Vaccination in Bombay 1863-1868 - 1863-1868
Year: 1863
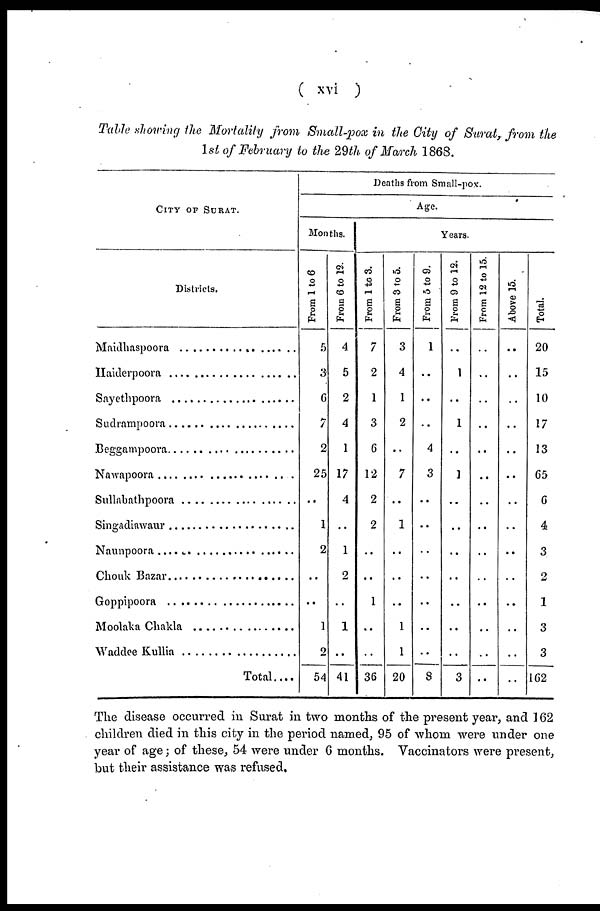
( xvi )
Table showing the Mortality from Small-pox in the City of Surat, from the
1st of February to the 29th of March 1868.
CITY OF SURAT.
Districts.
Maidhaspoora ......................
Haiderpoora ........................
Sayethpoora ........................
Sudrampoora ....................
Beggampoora ....................
Nawapoora ........................
Sullabathpoora ....................
Singadiawaur ....................
Naunpoora ........................
Chouk Bazar ....................
Goppipoora ....................
Moolaka Chakla ................
Waddee Kullia ....................
Total....
Deaths from Small-pox.
Age.
Months.
From 1 to 6
5
3
6
7
2
25
..
1
2
..
..
1
2
54
From 6 to 12.
4
5
2
4
1
17
4
..
1
2
..
1
..
41
Years.
From 1 to 3.
7
2
1
3
6
12
2
2
..
..
1
..
..
36
From 3 to 5.
3
4
1
2
..
7
..
1
..
..
..
1
1
20
From 5 to 9.
1
..
..
..
4
3
..
..
..
..
..
..
..
8
From 9 to 12.
..
1
..
1
..
1
..
..
..
..
..
..
..
3
From 12 to 15.
..
..
..
..
..
..
..
..
..
..
..
..
..
..
Above 15.
..
..
..
..
..
..
..
..
..
..
..
..
..
..
Total.
20
15
10
17
13
65
6
4
3
2
1
3
3
162
The disease occurred in Surat in two months of the present year, and 162
children died in this city in the period named, 95 of whom were under one
year of age; of these, 54 were under 6 months. Vaccinators were present,
but their assistance was refused.